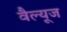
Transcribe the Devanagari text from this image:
वैल्यूज